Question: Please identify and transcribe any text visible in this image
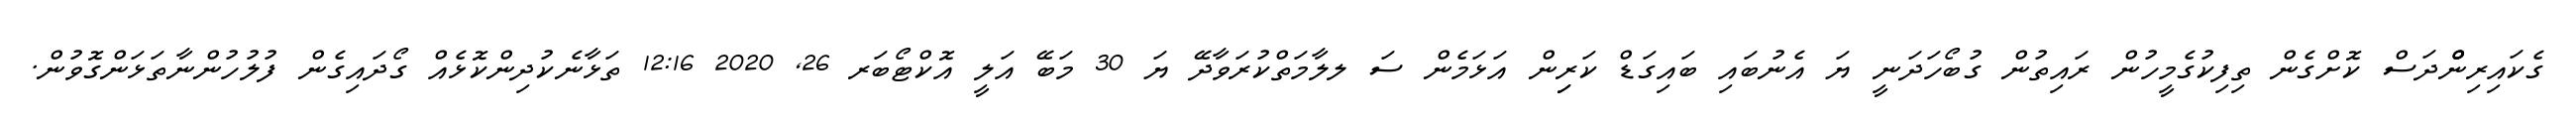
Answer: ގެކައިރިންްްދަސް ކޮށްގެން ތިފިކުގެމީހުން ރައިތުން ގުބޯހަދަނީ ޔަ އެނުބައި ބައިގަޑް ކަރިިން އަޅަމެން ސަ ލލާމަތްކުރަވާދޭ ޔަ 30 މަބޭ އަލީ އޮކްޓޯބަރ 26, 2020 12:16 ތަޅާނެކުދިންކޮޅެއް ގޯދައިގެން ފުލުހުންނާތަޅަންގޮވުން.